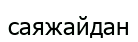
саяжайдан